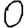
Digit: 0